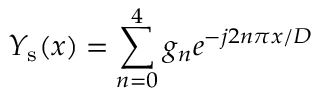
Y _ { \mathrm { s } } ( x ) = \sum _ { n = 0 } ^ { 4 } g _ { n } e ^ { - j 2 n \pi x / D }